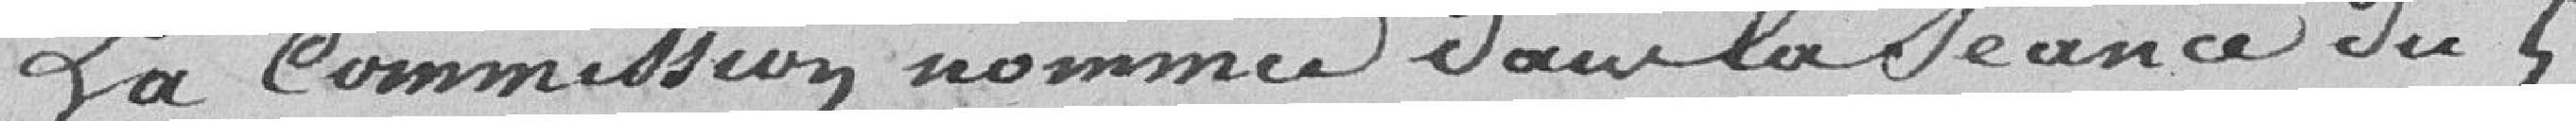
La commission nommée dans la séance du 5